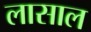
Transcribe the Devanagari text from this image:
लासाल